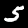
Digit: 5